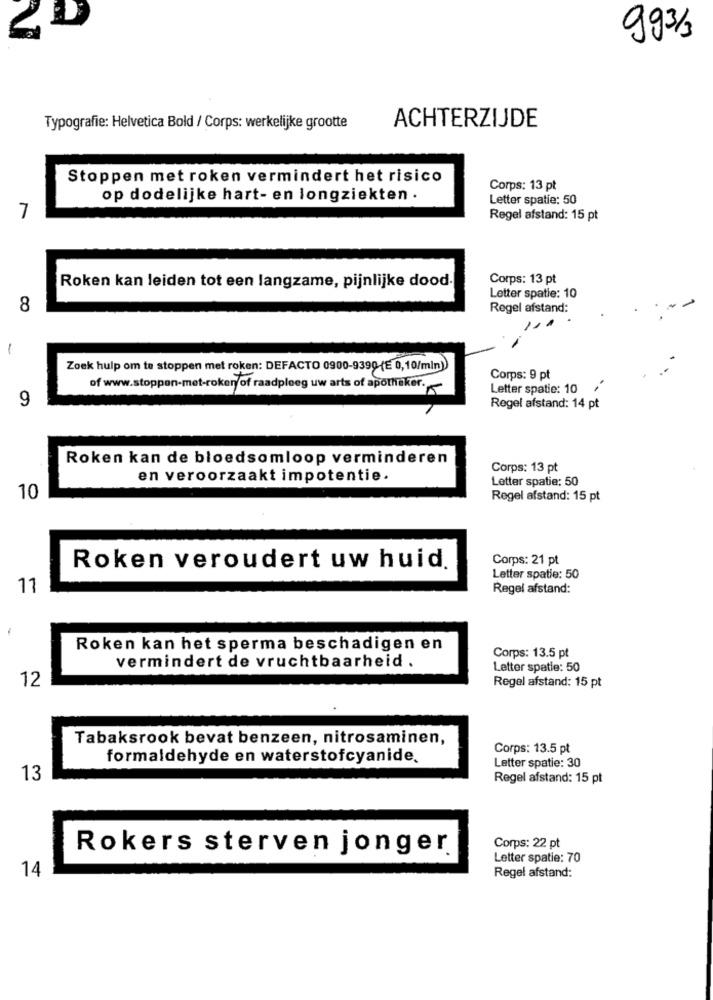
4
993/3
Typografie: Helvetica Bold / Corps: werkelijke grootte
ACHTERZIJDE
Stoppen met roken vermindert het risico
Corps: 13 pt
op dodelijke hart- en longziekten .
Letter spatie: 50
7
Regel afstand: 15 pt
Corps: 13 pt
Roken kan leiden tot een langzame, pijnlijke dood-
Letter spatie: 10
8
Regel afstand:
--
-
Zoek hulp om te stoppen met roken: DEFACTO 0900-9390 (E 0,10/mln)
Corps: 9 pt
of www.stoppen-met-roker/of raadpleeg uw arts of apotheker.
Letter spatie: 10 /'
9
Regel afstand: 14 pt
Roken kan de bloedsomloop verminderen
Corps: 13 pt
en veroorzaakt impotentie.
Letter spatie: 50
10
Regel afstand: 15 pt
Corps: 21 pt
Roken veroudert uw huid.
Letter spatie: 50
11
Regel afstand:
Roken kan het sperma beschadigen en
Corps: 13.5 pt
vermindert de vruchtbaarheid .
Letter spatie: 50
Regel afstand: 15 pt
12
Tabaksrook bevat benzeen, nitrosaminen,
Corps: 13.5 pt
formaldehyde en waterstofcyanide.
Letter spatie: 30
13
Regel afstand: 15 pt
Rokers sterven jonger
Corps: 22 pt
Letter spatie: 70
14
Regel afstand: